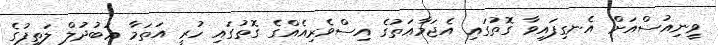
ވީނިއުސްއަށް އެނގިފައިވާ ގޮތުގައި އެޖަމާޢަތުގެ އިސްވެރިއެއްގެ ގޮތުގައި ހުރީ އަތަމާ ޢަބުދުލް ލަތީފުގެ